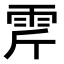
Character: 𩂋